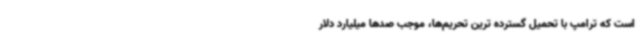
است که ترامپ با تحمیل گسترده ترین تحریم‌ها، موجب صدها میلیارد دلار